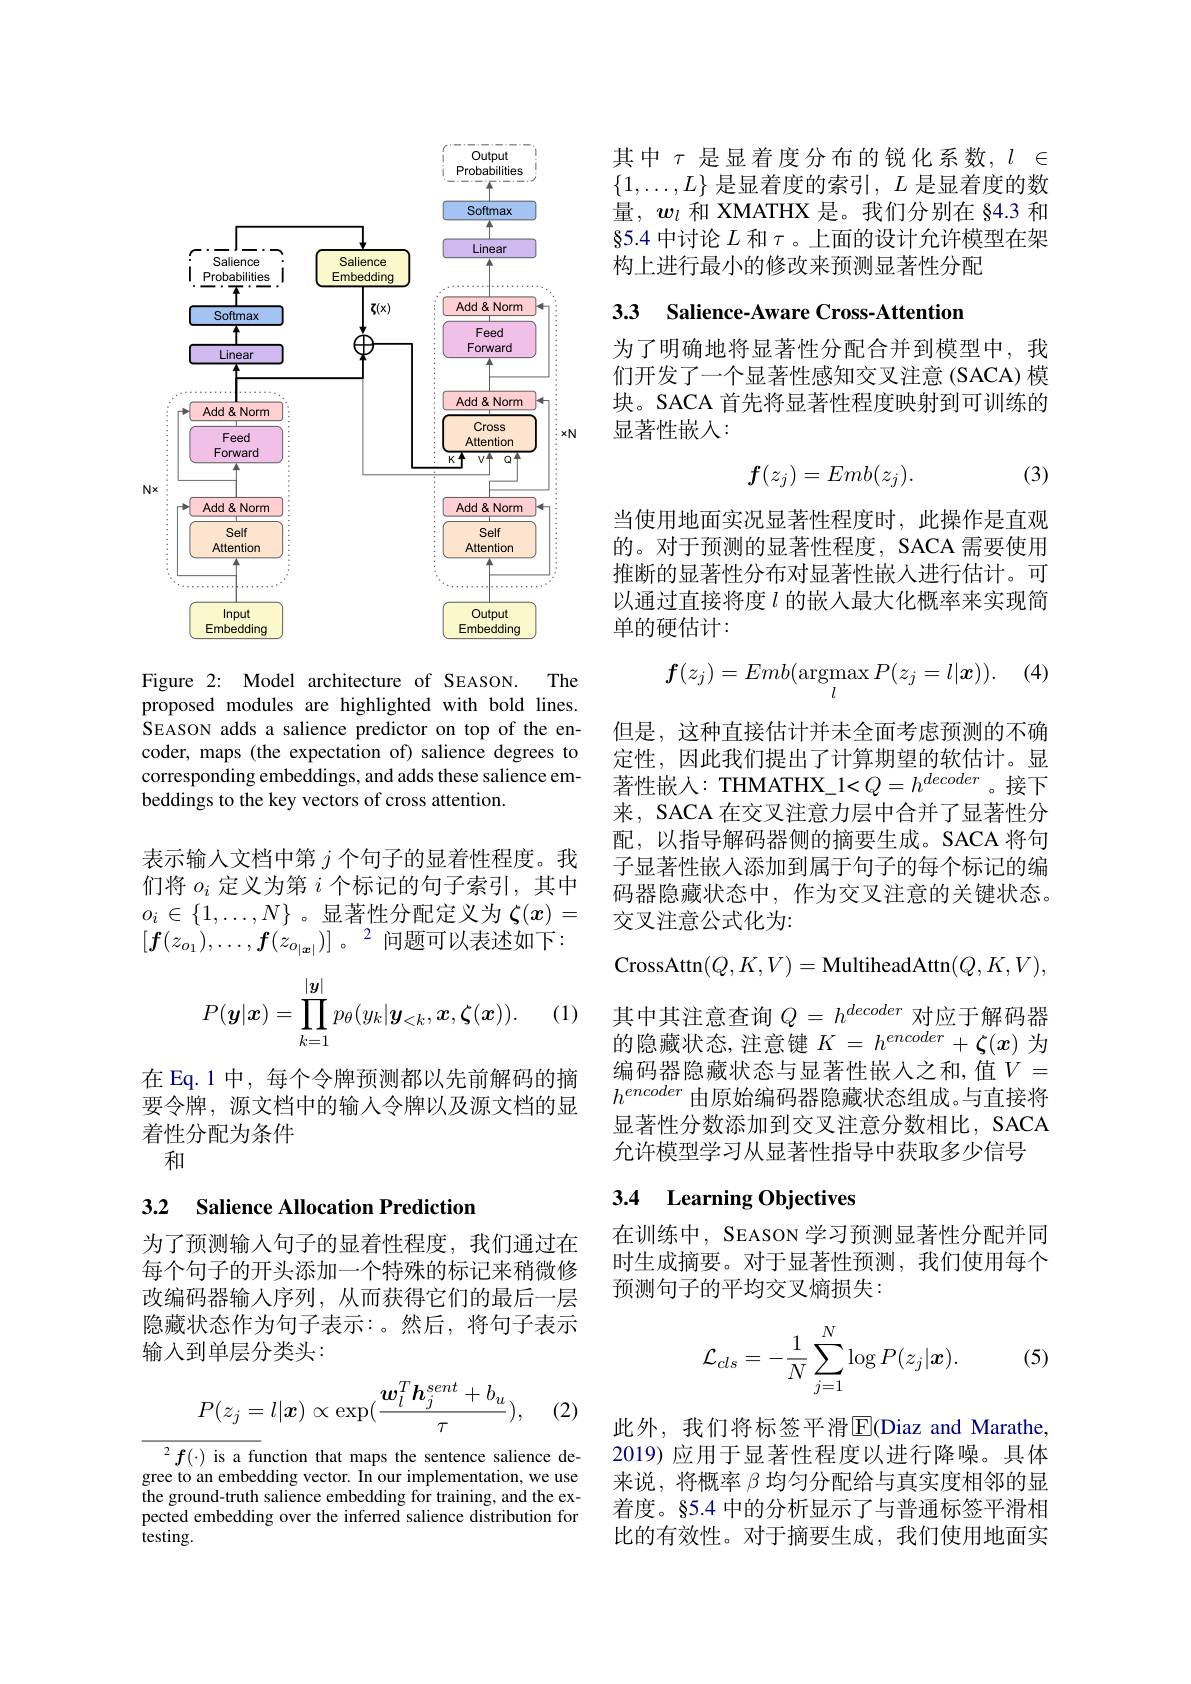
<FigureHere>
Figure 2: Model architecture of SEASON.
The

proposed modules are highlighted with bold lines. SEASON adds a salience predictor on top of the encoder, maps (the expectation of) salience degrees to corresponding embeddings, and adds these salience embeddings to the key vectors of cross attention.

表示输入文档中第$j$个句子的显着性程度。我们将$o_i$定义为第$i$个标记的句子索引，其中$o_i\in\{1,\ldots,N\}$。显著性分配定义为$\zeta(x)=$ $[ f( z_{o_1}) , \ldots , f( z_{o_{| \boldsymbol{x}| }}) ]$ $。\:^2$问题可以表述如下：
$$P(\boldsymbol{y}|\boldsymbol{x})=\prod_{k=1}^{|\boldsymbol{y}|}p_\theta(y_k|\boldsymbol{y}_{<k},\boldsymbol{x},\boldsymbol{\zeta}(\boldsymbol{x})).$$
(1)

在 Eq.1 中，每个令牌预测都以先前解码的摘要令牌，源文档中的输人令牌以及源文档的显着性分配为条件
和

### 3.2 Salience Allocation Prediction

为了预测输入句子的显着性程度，我们通过在每个句子的开头添加一个特殊的标记来稍微修改编码器输人序列，从而获得它们的最后一层隐藏状态作为句子表示：。然后，将句子表示输入到单层分类头：
$$P(z_j=l|\boldsymbol{x})\propto\exp(\frac{\boldsymbol{w}_l^T\boldsymbol{h}_j^{sent}+b_u}{\tau}),$$
(2)

$^{2}f(\cdot)$ is a function that maps the sentence salience degree to an embedding vector. In our implementation, we use the ground-truth salience embedding for training, and the expected embedding over the inferred salience distribution for testing.

其中$\tau$是显着度分布的锐化系数，$l\in$ $\{1,\ldots,L\}$ 是显着度的索引$,L$ 是显着度的数量，$w_l$和 XMATHX 是。我们分别在 §4.3 和§5.4 中讨论$L$和$\tau$。上面的设计允许模型在架构上进行最小的修改来预测显著性分配

3.3 Salience-Aware Cross-Attention

为了明确地将显著性分配合并到模型中，我们开发了一个显著性感知交叉注意(SACA) 模块。SACA 首先将显著性程度映射到可训练的显著性嵌入：

(3)
$$f(z_j)=Emb(z_j).$$
当使用地面实况显著性程度时，此操作是直观的。对于预测的显著性程度，SACA 需要使用推断的显著性分布对显著性嵌人进行估计。可以通过直接将度$l$ 的嵌入最大化概率来实现简单的硬估计：

(4)
$$\boldsymbol{f}(z_j)=Emb(\underset{l}{\operatorname*{argmax}}P(z_j=l|\boldsymbol{x})).$$
但是，这种直接估计并未全面考虑预测的不确定性，因此我们提出了计算期望的软估计。显著性嵌入：THMATHX\_1<$Q=h^decoder$。接下来，SACA 在交叉注意力层中合并了显著性分配，以指导解码器侧的摘要生成。SACA 将句子显著性嵌入添加到属于句子的每个标记的编码器隐藏状态中，作为交叉注意的关键状态。交叉注意公式化为：
$$\mathrm{n}(Q,K,V)=\mathrm{MultiheadAttn}(Q,K,V),$$
其 中 其 注 意 查 询 $Q= h^{decoder}$ 对 应 于 解 码 器 的 隐 藏 状 态 , 注 意 键 $K= h^{encoder}+ \zeta ( x)$ 为 编 码 器 隐 藏 状 态 与 显 著 性 嵌 入 之 和 , 值 $V=$ $h^{encoder}$由原始编码器隐藏状态组成。与直接将显著性分数添加到交叉注意分数相比，SACA 允许模型学习从显著性指导中获取多少信号

## 3.4 Learning Objectives

在训练中，SEASON 学习预测显著性分配并同时生成摘要。对于显著性预测，我们使用每个预测句子的平均交叉熵损失：

(5)
$$\mathcal{L}_{cls}=-\frac{1}{N}\sum_{j=1}^{N}\log P(z_{j}|\boldsymbol{x}).$$
此外，我们将标签平滑$\operatorname{E}$(Diaz and Marathe, 2019) 应用于显著性程度以进行降噪。具体来说，将概率$\beta$均匀分配给与真实度相邻的显着度。§5.4 中的分析显示了与普通标签平滑相比的有效性。对于摘要生成，我们使用地面实